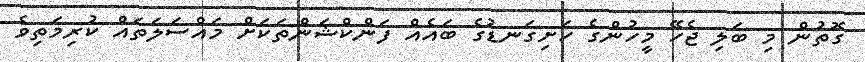
ގޮތުން މި ބަލި ޖެހޭ މީހުންގެ ހަށިގަނޑުގެ ބައެއް ފަންކްޝަންތަކަށް މައްސަލަތައް ކުރިމަތިވެ